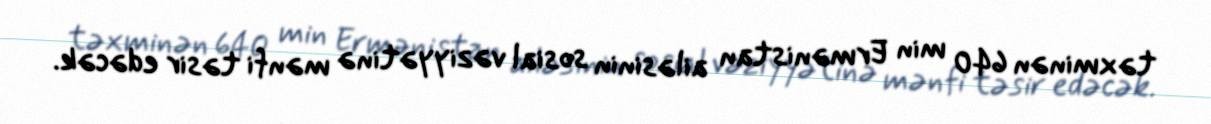
təxminən 640 min Ermənistan ailəsinin sosial vəziyyətinə mənfi təsir edəcək.